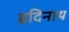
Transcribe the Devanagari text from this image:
ब्रदिनाथ